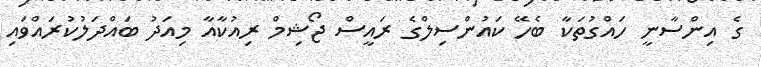
ގެ އިންސާނީ ހައްގުތަކާ ބެހޭ ކައުންސިލްގެ ރައީސް ޖޯޝިމް ރިއުކާއާ މިއަދު ބައްދަލުކުރައްވައި